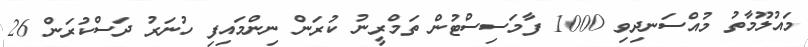
މައުލޫމާތު މުއްސަނދިވި 1000 ފާމަސިސްޓުން ތަމްރީނު ކުރަން ނިންމައިފި ހުނަރު ދަސްކުރަން 26